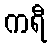
ကရီ